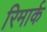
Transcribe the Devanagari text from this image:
रिमार्क